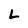
Character: L